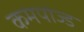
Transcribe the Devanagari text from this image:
कमपोज्ड